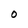
Character: O